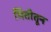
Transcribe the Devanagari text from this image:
भिंतीतून